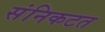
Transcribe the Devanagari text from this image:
संनिकटत